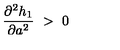
{ \frac { \partial ^ { 2 } h _ { 1 } } { \partial a ^ { 2 } } } \ > \ 0